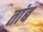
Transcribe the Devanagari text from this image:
तांब